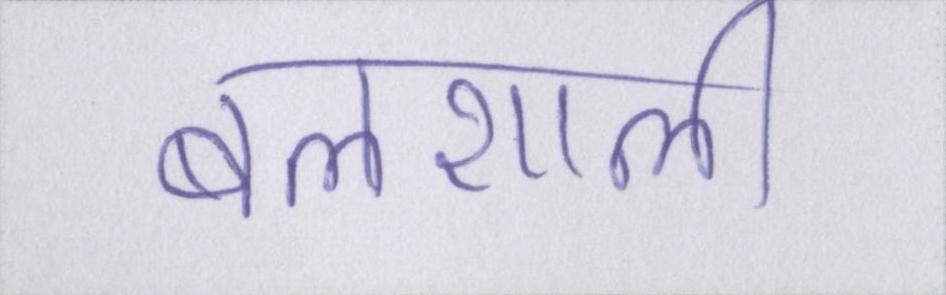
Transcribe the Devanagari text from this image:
बलशाली